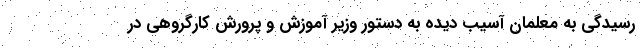
رسیدگی به معلمان آسیب دیده به دستور وزیر آموزش و پرورش کارگروهی در